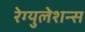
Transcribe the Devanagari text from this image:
रेग्युलेशन्स